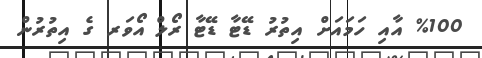
%100 އާއި ހަމައަށް އިތުރު ޑޭޓާ ޑޭޓާ ރޯލް އޯވަރ ގެ އިތުރުން